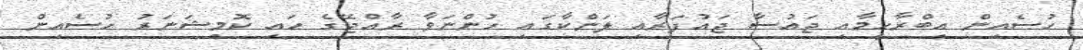
ހުސެއިން އިބްރާހީމާއި ޖައުސާ ޖައުފަރާއި ލަންކާގައި ހުންނަވާ ރާއްޖޭގެ ހައި ކޮމިޝަނަރު ހުސެއިން